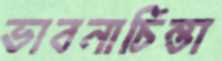
ভাবনাচিন্তা